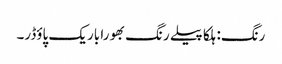
رنگ: ہلکا پیلے رنگ بھورا باریک پاؤڈر۔